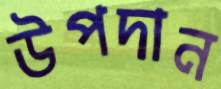
উপদান